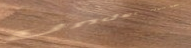
Under New Mgmt